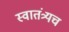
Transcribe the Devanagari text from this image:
स्वातंत्र्यच